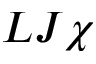
L J \chi